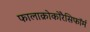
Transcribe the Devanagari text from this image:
फालाक्रोकोरैसिफॉर्म